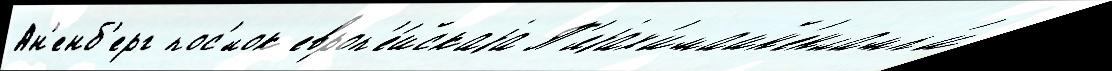
Ан'енб'ерг пос'́лок европ'е́йскаjа П'яjах'имайн'енламп'и